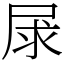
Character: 㞗